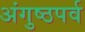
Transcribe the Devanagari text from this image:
अंगुष्ठपर्व